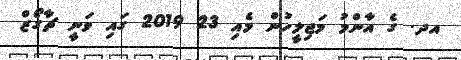
އދ. ގެ އާންމު މަޖިލީހުން މެއި 23 2019 ގައި ވަނީ ޗާގޯޒް